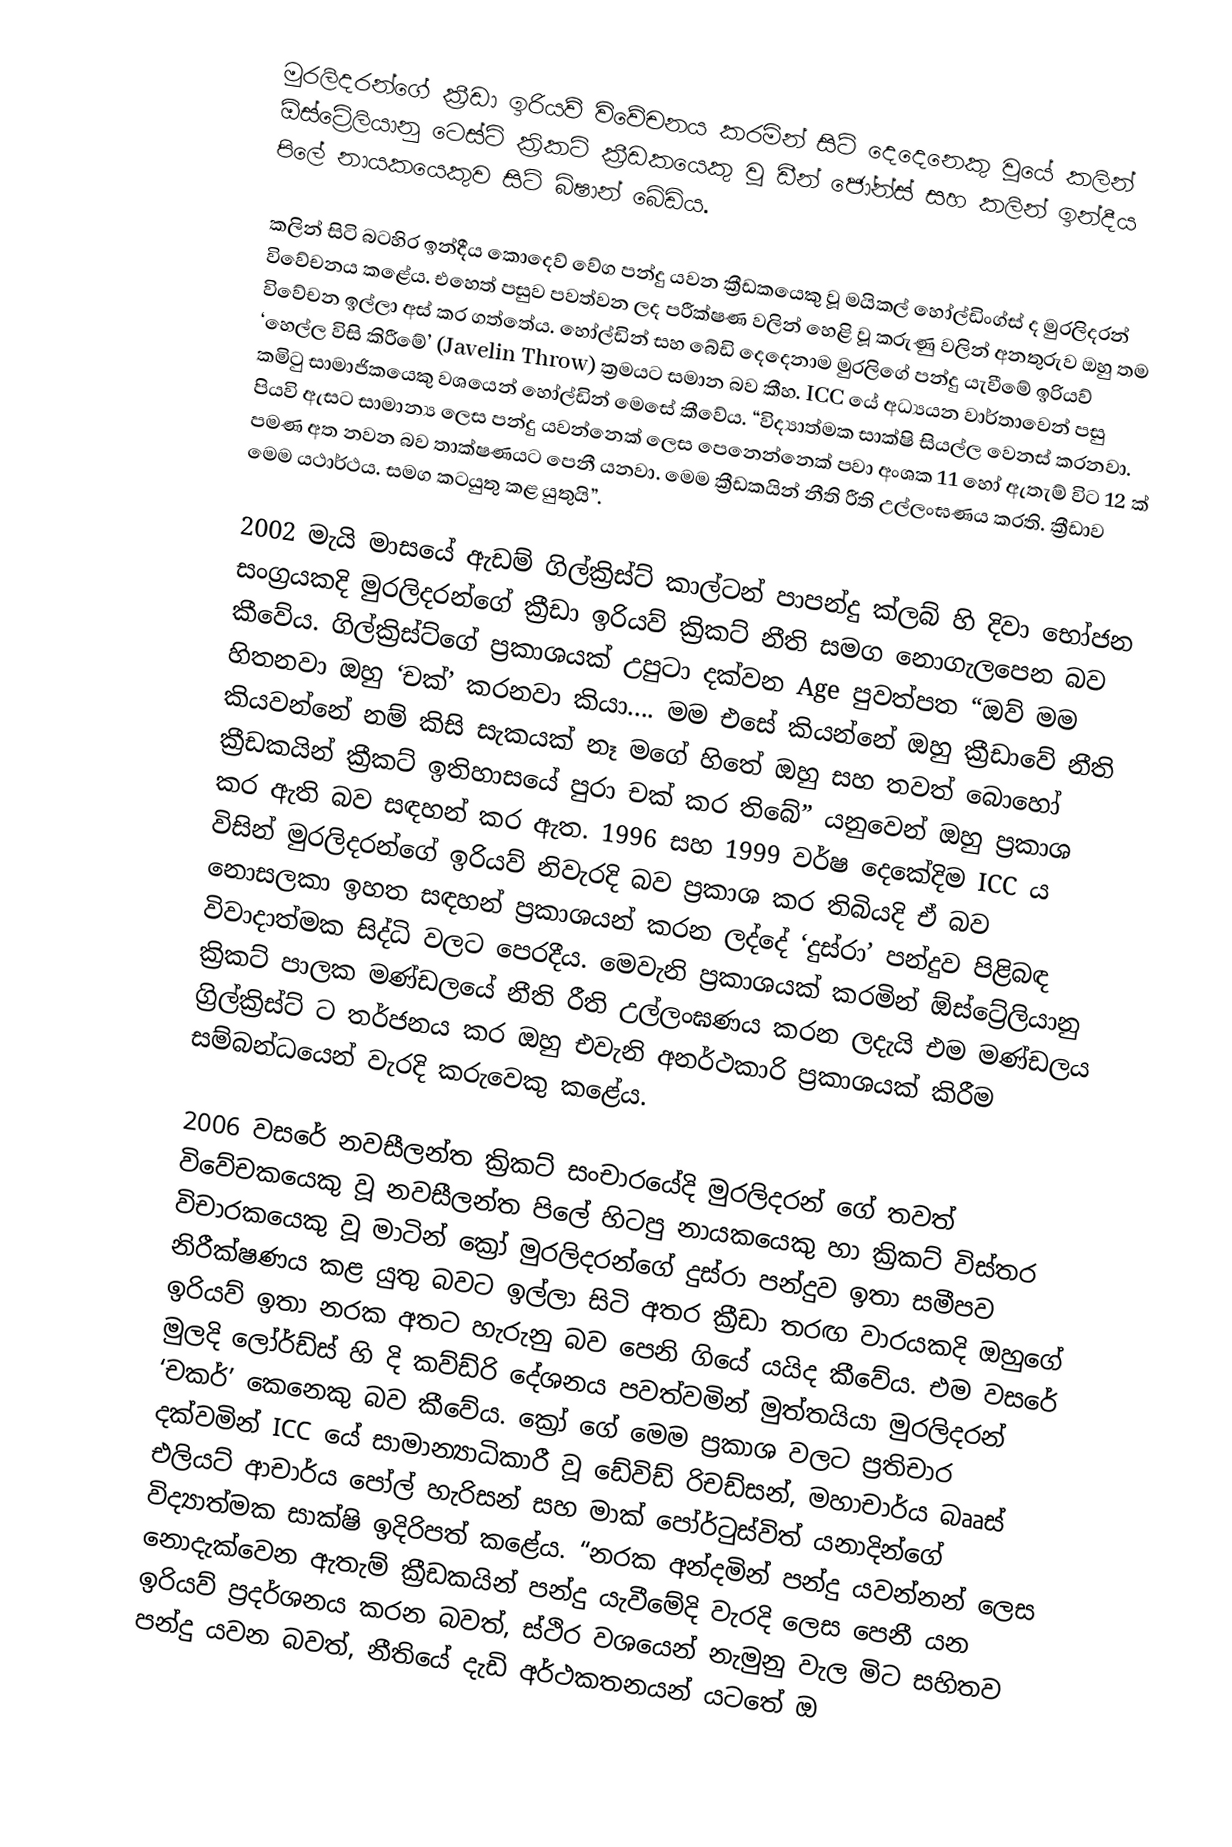
මුරලිදරන්ගේ ක්‍රීඩා ඉරියව් විවේචනය කරමින් සිටි දෙදෙනෙකු වූයේ කලින් ඕස්ට්‍රේලියානු ටෙස්ට් ක්‍රිකට් ක්‍රීඩකයෙකු වූ ඩීන් ජෝන්ස් සහ කලින් ඉන්දීය පිලේ නායකයෙකුව සිටි බිෂාන් බේඩිය.

කලින් සිටි බටහිර ඉන්දීය කොදෙව් වේග පන්දු යවන ක්‍රීඩකයෙකු වූ මයිකල් හෝල්ඩිංග්ස් ද මුරලිදරන් විවේචනය කළේය. එහෙත් පසුව පවත්වන ලද පරීක්ෂණ වලින් හෙළි වූ කරුණු වලින් අනතුරුව ඔහු තම විවේචන ඉල්ලා අස් කර ගත්තේය. හෝල්ඩින් සහ බේඩි දෙදෙනාම මුරලිගේ පන්දු යැවීමේ ඉරියව් ‘හෙල්ල විසි කිරීමේ’ (Javelin Throw) ක්‍රමයට සමාන බව කීහ. ICC යේ අධ්‍යයන වාර්තාවෙන් පසු කමිටු සාමාජිකයෙකු වශයෙන් හෝල්ඩින් මෙසේ කීවේය. “විද්‍යාත්මක සාක්ෂි සියල්ල වෙනස් කරනවා. පියවි ඇසට සාමාන්‍ය ලෙස පන්දු යවන්නෙක් ලෙස පෙනෙන්නෙක් පවා අංශක 11 හෝ ඇතැම් විට 12 ක් පමණ අත නවන බව තාක්ෂණයට පෙනී යනවා. මෙම ක්‍රීඩකයින් නීති රීති උල්ලංඝණය කරති. ක්‍රීඩාව මෙම යථාර්ථය. සමග කටයුතු කළ යුතුයි”.

2002 මැයි මාසයේ ඇඩම් ගිල්ක්‍රිස්ට් කාල්ටන් පාපන්දු ක්ලබ් හි දිවා භෝජන සංග්‍රයකදි මුරලිදරන්ගේ ක්‍රීඩා ඉරියව් ක්‍රිකට් නීති සමග නොගැලපෙන බව කීවේය. ගිල්ක්‍රිස්ට්ගේ ප්‍රකාශයක් උපුටා දක්වන Age පුවත්පත “ඔව් මම හිතනවා ඔහු ‘චක්’ කරනවා කියා.... මම එසේ කියන්නේ ඔහු ක්‍රීඩාවේ නීති කියවන්නේ නම් කිසි සැකයක් නෑ මගේ හිතේ ඔහු සහ තවත් බොහෝ ක්‍රීඩකයින් ක්‍රීකට් ඉතිහාසයේ පුරා චක් කර තිබේ” යනුවෙන් ඔහු ප්‍රකාශ කර ඇති බව සඳහන් කර ඇත. 1996 සහ 1999 වර්ෂ දෙකේදිම ICC  ය විසින් මුරලිදරන්ගේ ඉරියව් නිවැරදි බව ප්‍රකාශ කර තිබියදි ඒ බව නොසලකා ඉහත සඳහන් ප්‍රකාශයන් කරන ලද්දේ  ‘දුස්රා’ පන්දුව පිළිබඳ විවාදාත්මක සිද්ධි වලට පෙරදීය. මෙවැනි ප්‍රකාශයක් කරමින් ඕස්ට්‍රේලියානු ක්‍රිකට් පාලක මණ්ඩලයේ නීති රීති උල්ලංඝණය කරන ලදැයි එම මණ්ඩලය ග්‍රිල්ක්‍රිස්ට් ට තර්ජනය කර ඔහු එවැනි අනර්ථකාරි ප්‍රකාශයක් කිරීම සම්බන්ධයෙන් වැරදි කරුවෙකු කළේය.

2006 වසරේ නවසීලන්ත ක්‍රිකට් සංචාරයේදි මුරලිදරන් ගේ තවත් විවේචකයෙකු වූ නවසීලන්ත පිලේ හිටපු නායකයෙකු හා ක්‍රිකට් විස්තර විචාරකයෙකු වූ මාටින් ක්‍රෝ මුරලිදරන්ගේ දුස්රා පන්දුව ඉතා සමීපව නිරීක්ෂණය කළ යුතු බවට ඉල්ලා සිටි අතර ක්‍රීඩා තරඟ වාරයකදි ඔහුගේ ඉරියව් ඉතා නරක අතට හැරුනු බව පෙනි ගියේ යයිද කීවේය. එම වසරේ මුලදි ලෝර්ඩ්ස් හි දි කව්ඩ්රි දේශනය පවත්වමින් මුත්තයියා මුරලිදරන් ‘චකර්’ කෙනෙකු බව කීවේය. ක්‍රෝ ගේ මෙම ප්‍රකාශ වලට ප්‍රතිචාර දක්වමින් ICC යේ සාමාන්‍යාධිකාරී වූ ඩේවිඩ් රිචඩ්සන්, මහාචාර්ය බෲස් එලියට් ආචාර්ය පෝල් හැරිසන් සහ මාක් පෝර්ටුස්විත් යනාදින්ගේ විද්‍යාත්මක සාක්ෂි ඉදිරිපත් කළේය. “නරක අන්දමින් පන්දු යවන්නන් ලෙස නොදැක්වෙන ඇතැම් ක්‍රීඩකයින් පන්දු යැවීමේදි වැරදි ලෙස පෙනී යන ඉරියව් ප්‍රදර්ශනය කරන බවත්, ස්ථිර වශයෙන් නැමුනු වැල මිට සහිතව පන්දු යවන බවත්, නීතියේ දැඩි අර්ථකතනයන් යටතේ ඔ